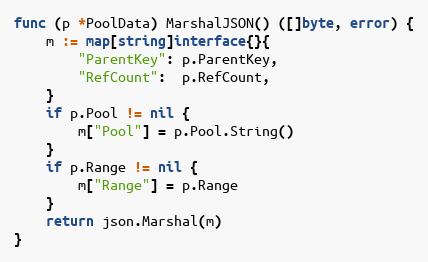
Language: Go
func (p *PoolData) MarshalJSON() ([]byte, error) {
	m := map[string]interface{}{
		"ParentKey": p.ParentKey,
		"RefCount":  p.RefCount,
	}
	if p.Pool != nil {
		m["Pool"] = p.Pool.String()
	}
	if p.Range != nil {
		m["Range"] = p.Range
	}
	return json.Marshal(m)
}